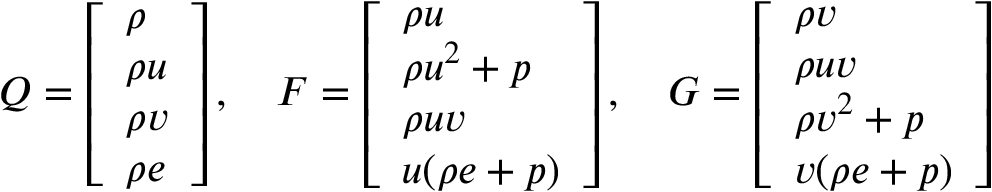
Q = \left[ \begin{array} { l } { \rho } \\ { \rho u } \\ { \rho v } \\ { \rho e } \end{array} \right] , \quad F = \left[ \begin{array} { l } { \rho u } \\ { \rho u ^ { 2 } + p } \\ { \rho u v } \\ { u ( \rho e + p ) } \end{array} \right] , \quad G = \left[ \begin{array} { l } { \rho v } \\ { \rho u v } \\ { \rho v ^ { 2 } + p } \\ { v ( \rho e + p ) } \end{array} \right]